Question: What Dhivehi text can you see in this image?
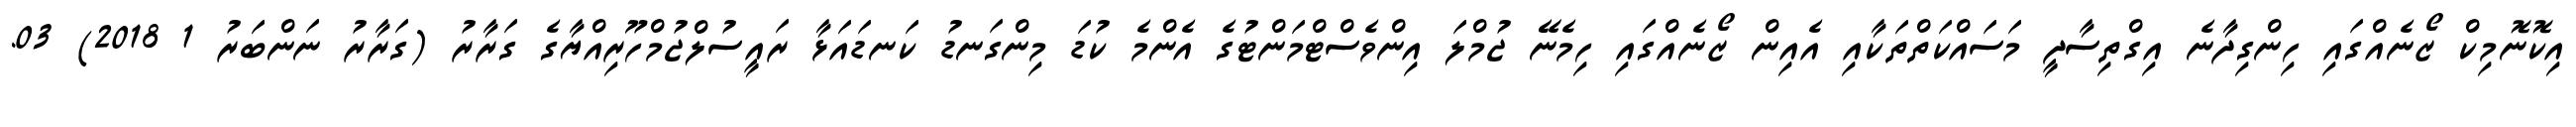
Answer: އިކޮނޮމިކް ޒޯނެއްގައި ހިންގިދާނެ އިގްތިސާދީ މަސައްކަތްތަކާއި އެއިން ޒޯނެއްގައި ހިމެނޭ ޖުމްލަ އިންވެސްޓްމަންޓުގެ އެންމެ ކުޑަ މިންގަނޑު ކަނޑައަޅާ ރައީސުލްޖުމްހޫރިއްޔާގެ ގަރާރު (ގަރާރު ނަންބަރު 1 2018) 03.